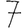
Digit: 7